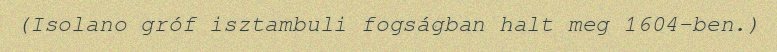
(Isolano gróf isztambuli fogságban halt meg 1604-ben.)